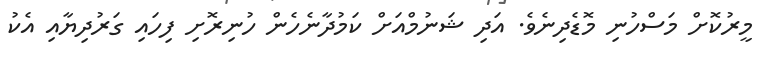
މީރުކޮށް މަސްހުނި މޮޑެދިނެވެ. އަދި ޝަނުމްއަށް ކަމުދާނެހެން ހުނިރޮށި ފިހައި ގަރުދިޔާއި އެކު